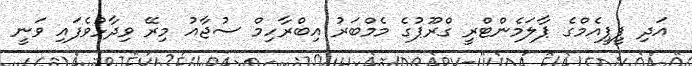
އަދި ޕީޕީއެމްގެ ޕާލަމެންޓްރީ ގްރޫޕުގެ މެމްބަރު އިބްރާހިމް ސުޖާއު މިރޭ ވިދާޅުވެފައި ވަނީ